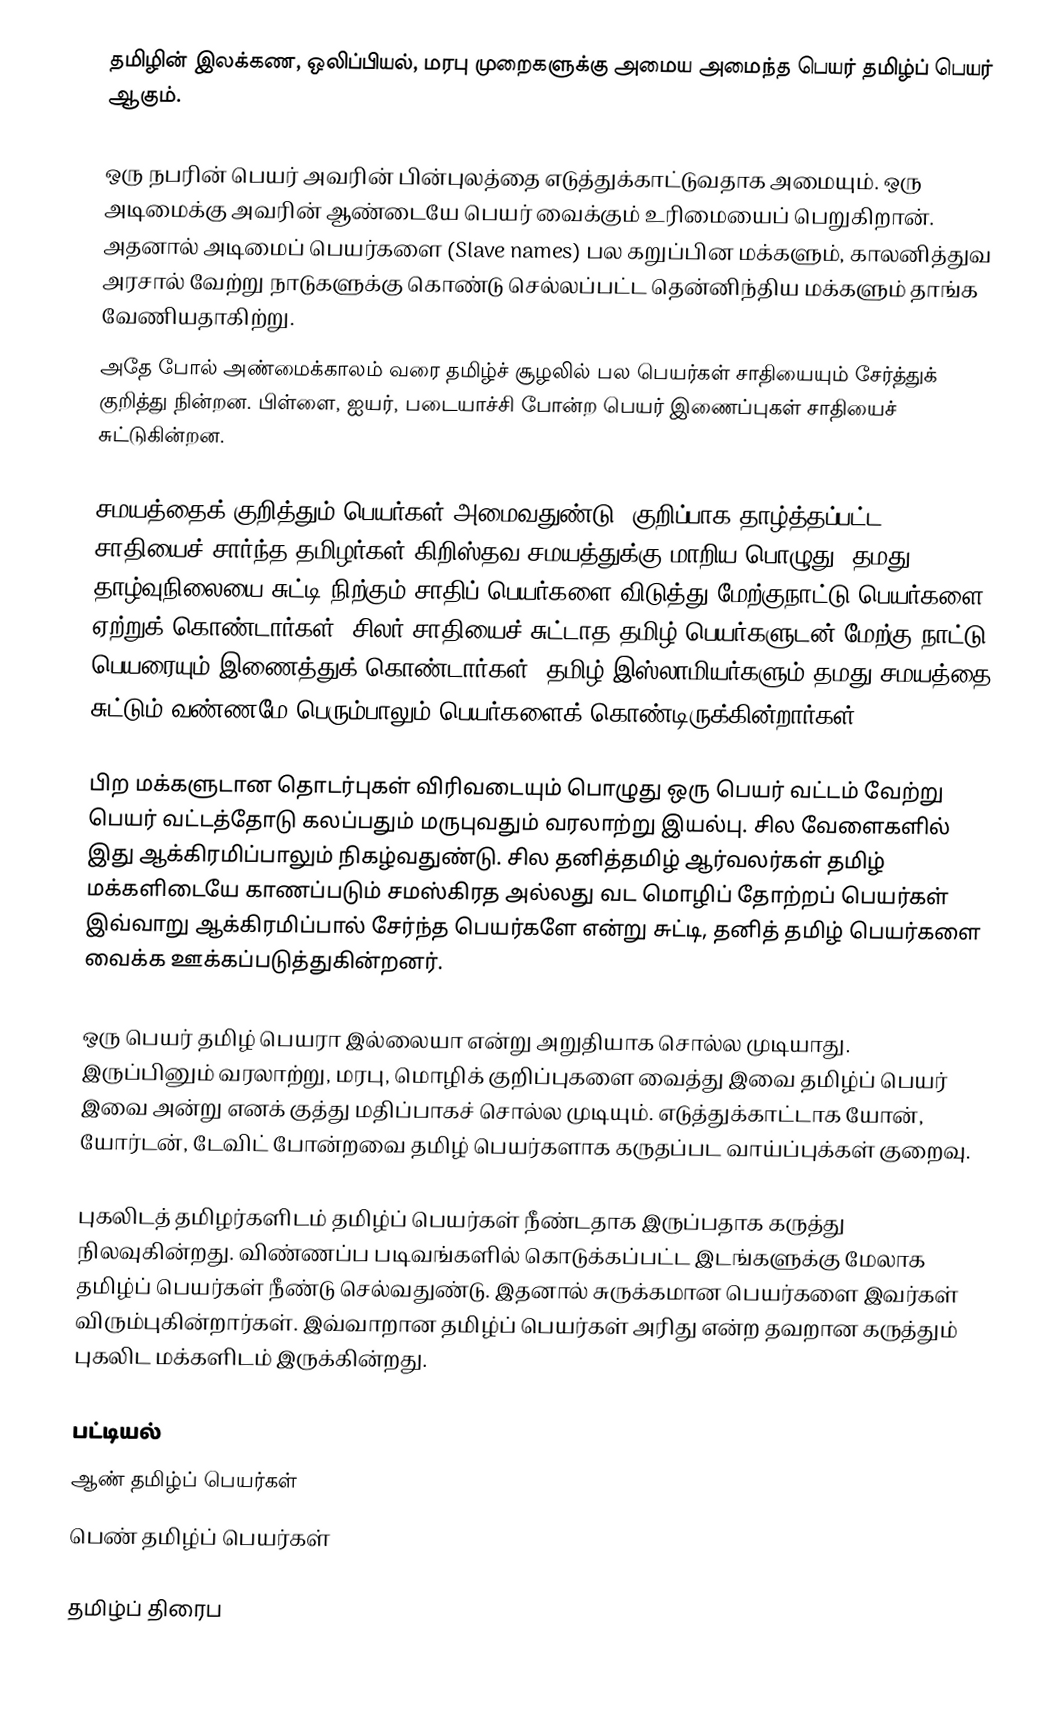
தமிழின் இலக்கண, ஒலிப்பியல், மரபு முறைகளுக்கு அமைய அமைந்த பெயர் தமிழ்ப் பெயர் ஆகும்.

ஒரு நபரின் பெயர் அவரின் பின்புலத்தை எடுத்துக்காட்டுவதாக அமையும்.  ஒரு அடிமைக்கு அவரின் ஆண்டையே பெயர் வைக்கும் உரிமையைப் பெறுகிறான்.  அதனால் அடிமைப் பெயர்களை (Slave names) பல கறுப்பின மக்களும், காலனித்துவ அரசால் வேற்று நாடுகளுக்கு கொண்டு செல்லப்பட்ட தென்னிந்திய மக்களும் தாங்க வேணியதாகிற்று.
அதே போல் அண்மைக்காலம் வரை தமிழ்ச் சூழலில் பல பெயர்கள் சாதியையும் சேர்த்துக் குறித்து நின்றன.  பிள்ளை, ஐயர், படையாச்சி போன்ற பெயர் இணைப்புகள் சாதியைச் சுட்டுகின்றன.

சமயத்தைக் குறித்தும் பெயர்கள் அமைவதுண்டு.  குறிப்பாக தாழ்த்தப்பட்ட சாதியைச் சார்ந்த தமிழர்கள் கிறிஸ்தவ சமயத்துக்கு மாறிய பொழுது, தமது தாழ்வுநிலையை சுட்டி நிற்கும் சாதிப் பெயர்களை விடுத்து மேற்குநாட்டு பெயர்களை ஏற்றுக் கொண்டார்கள்.  சிலர் சாதியைச் சுட்டாத தமிழ் பெயர்களுடன் மேற்கு நாட்டு பெயரையும் இணைத்துக் கொண்டார்கள்.  தமிழ் இஸ்லாமியர்களும் தமது சமயத்தை சுட்டும் வண்ணமே பெரும்பாலும் பெயர்களைக் கொண்டிருக்கின்றார்கள்.

பிற மக்களுடான தொடர்புகள் விரிவடையும் பொழுது ஒரு பெயர் வட்டம் வேற்று பெயர் வட்டத்தோடு கலப்பதும் மருபுவதும் வரலாற்று இயல்பு.  சில வேளைகளில் இது ஆக்கிரமிப்பாலும் நிகழ்வதுண்டு.  சில தனித்தமிழ் ஆர்வலர்கள் தமிழ் மக்களிடையே காணப்படும் சமஸ்கிரத அல்லது வட மொழிப் தோற்றப் பெயர்கள் இவ்வாறு ஆக்கிரமிப்பால் சேர்ந்த பெயர்களே என்று சுட்டி, தனித் தமிழ் பெயர்களை வைக்க ஊக்கப்படுத்துகின்றனர்.

ஒரு பெயர் தமிழ் பெயரா இல்லையா என்று அறுதியாக சொல்ல முடியாது.  இருப்பினும் வரலாற்று, மரபு, மொழிக்  குறிப்புகளை வைத்து இவை தமிழ்ப் பெயர் இவை அன்று எனக் குத்து மதிப்பாகச் சொல்ல முடியும்.  எடுத்துக்காட்டாக யோன், யோர்டன், டேவிட் போன்றவை தமிழ் பெயர்களாக கருதப்பட வாய்ப்புக்கள் குறைவு.

புகலிடத் தமிழர்களிடம் தமிழ்ப் பெயர்கள் நீண்டதாக இருப்பதாக கருத்து நிலவுகின்றது. விண்ணப்ப படிவங்களில் கொடுக்கப்பட்ட இடங்களுக்கு மேலாக தமிழ்ப் பெயர்கள் நீண்டு செல்வதுண்டு. இதனால் சுருக்கமான பெயர்களை இவர்கள் விரும்புகின்றார்கள்.  இவ்வாறான தமிழ்ப் பெயர்கள் அரிது என்ற தவறான கருத்தும் புகலிட மக்களிடம் இருக்கின்றது.

பட்டியல்
 ஆண் தமிழ்ப் பெயர்கள்
 பெண் தமிழ்ப் பெயர்கள்

தமிழ்ப் திரைப